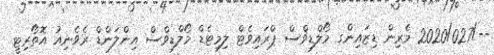
--/2020/027 މެރިން ޑިޒައިންގ މޯލްޑިވްސް ޕްރައިވެޓް ލިމިޓެޑް މޯލްޑިވްސް އިންލަންޑް ރެވެނިއު އޮތޯރިޓީ